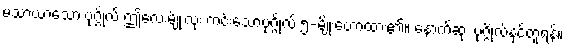
မသာယာသော ပုဂ္ဂိုလ် ဤလေးမျိုးလုံး ကင်းသောပုဂ္ဂိုလ် ၅-မျိုးဟောထား၏။ နောက်ဆုံး ပုဂ္ဂိုလ်နှင့်တူရန်။